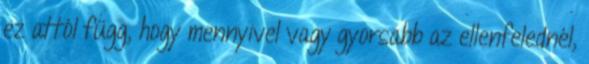
ez attól függ, hogy mennyivel vagy gyorsabb az ellenfelednél,